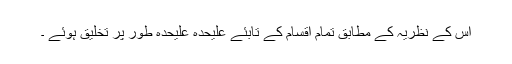
اس کے نظریہ کے مطابق تمام اقسام کے تابئے علیحدہ علیحدہ طور پر تخلیق ہوئے ۔